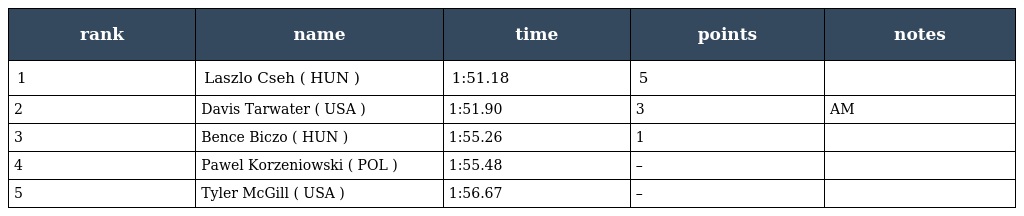
| rank | name | time | points | notes |
 | --- | --- | --- | --- | --- |
 | 1 | Laszlo Cseh ( HUN ) | 1:51.18 | 5 |  |
 | 2 | Davis Tarwater ( USA ) | 1:51.90 | 3 | AM |
 | 3 | Bence Biczo ( HUN ) | 1:55.26 | 1 |  |
 | 4 | Pawel Korzeniowski ( POL ) | 1:55.48 | – |  |
 | 5 | Tyler McGill ( USA ) | 1:56.67 | – |  |